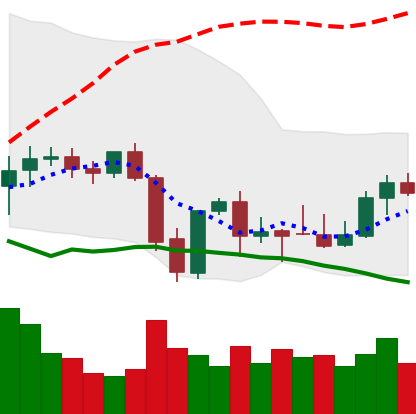
Ticker: XMR-USD
Chart end date: 2021-10-02
Forward return: 9.727%
Label: up_7plus